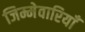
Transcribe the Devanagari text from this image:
जिम्मेवारियाँ